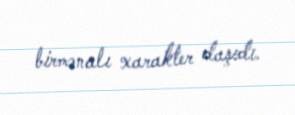
birmənalı xarakter daşıdı.